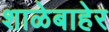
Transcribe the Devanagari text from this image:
शाळेबाहेर